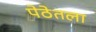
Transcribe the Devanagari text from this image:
पेठेतला